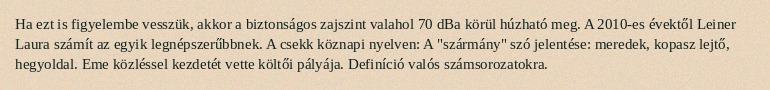
Ha ezt is figyelembe vesszük, akkor a biztonságos zajszint valahol 70 dBa körül húzható meg. A 2010-es évektől Leiner Laura számít az egyik legnépszerűbbnek. A csekk köznapi nyelven: A "szármány" szó jelentése: meredek, kopasz lejtő, hegyoldal. Eme közléssel kezdetét vette költői pályája. Definíció valós számsorozatokra.